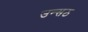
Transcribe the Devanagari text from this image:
उन्सठ